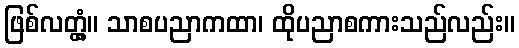
ဖြစ်လတ္တံ့။ သာစပညာကထာ၊ ထိုပညာစကားသည်လည်း။